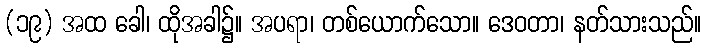
(၁၉) အထ ခေါ၊ ထိုအခါ၌။ အပရာ၊ တစ်ယောက်သော။ ဒေဝတာ၊ နတ်သားသည်။